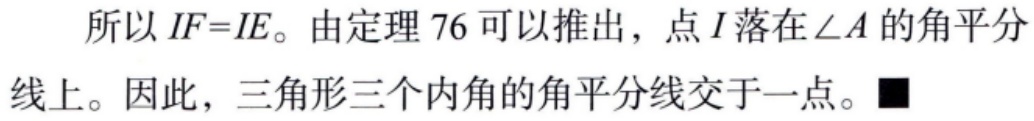
所以 \(IF = IE\)。由定理 76 可以推出，点 \(I\) 落在 \(\angle A\) 的角平分线上。因此，三角形三个内角的角平分线交于一点。\(\blacksquare\)